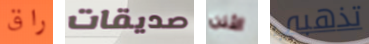
راق صديقات الأذن تذهبي